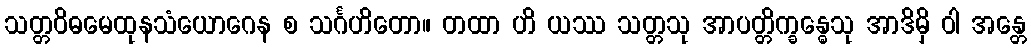
သတ္တဝိဓမေထုနသံယောဂေန စ သင်္ဂဟိတော။ တထာ ဟိ ယဿ သတ္တသု အာပတ္တိက္ခန္ဓေသု အာဒိမှိ ဝါ အန္တေ